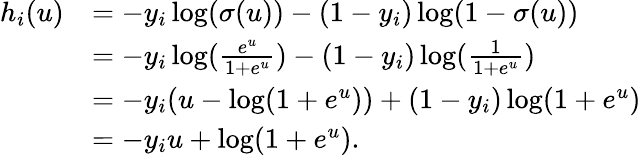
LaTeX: \begin{array}{rl}{h_{i}(u)}&{=-y_{i}\log(\sigma(u))-(1-y_{i})\log(1-\sigma(u))}\\ &{=-y_{i}\log(\frac{e^{u}}{1+e^{u}})-(1-y_{i})\log(\frac{1}{1+e^{u}})}\\ &{=-y_{i}(u-\log(1+e^{u}))+(1-y_{i})\log(1+e^{u})}\\ &{=-y_{i}u+\log(1+e^{u}).}\end{array}